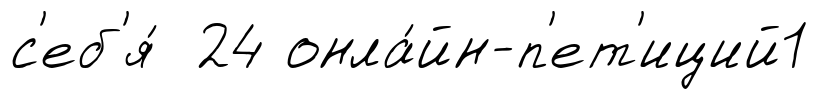
с'еб'я́ 24 онла́йн-п'ет'иций1